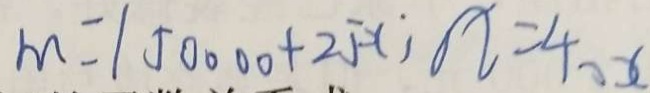
m = 1 5 0 0 0 0 + 2 5 x ; n = 4 0 x